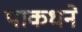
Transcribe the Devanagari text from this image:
पाकधने